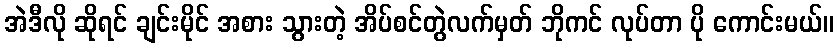
အဲဒီလို ဆိုရင် ချင်းမိုင် အစား သွားတဲ့ အိပ်စင်တွဲလက်မှတ် ဘိုကင် လုပ်တာ ပို ကောင်းမယ်။